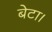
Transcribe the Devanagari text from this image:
बेटा।